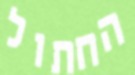
החתול